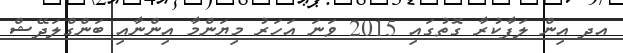
އދ އިން ލަފާކުރާ ގޮތުގައި 2015 ވަނަ އަހަރު މިޔަންމާ އިންނާއި ބަންގްލަދޭޝް